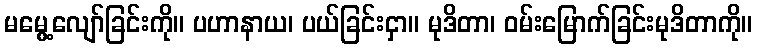
မမွေ့လျော်ခြင်းကို။ ပဟာနာယ၊ ပယ်ခြင်းငှာ။ မုဒိတာ၊ ဝမ်းမြောက်ခြင်းမုဒိတာကို။